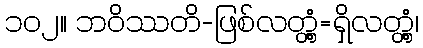
၁၀၂။ ဘဝိဿတိ-ဖြစ်လတ္တံ့=ရှိလတ္တံ့၊